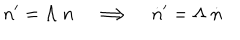
n ^ { \prime } = \Lambda \; n \quad \Longrightarrow \quad \dot { n } ^ { \prime } = \Lambda \; \dot { n }